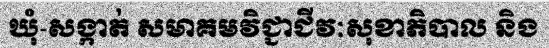
ឃុំ-សង្កាត់ សមាគមវិជ្ជាជីវៈសុខាភិបាល និង